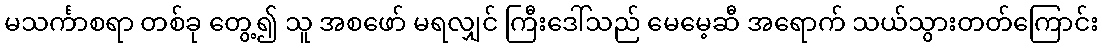
မသင်္ကာစရာ တစ်ခု တွေ့၍ သူ အစဖော် မရလျှင် ကြီးဒေါ်သည် မေမေ့ဆီ အရောက် သယ်သွားတတ်ကြောင်း